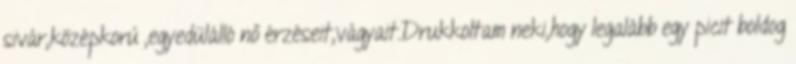
sivár,középkorú ,egyedülálló nő érzéseit,vágyait.Drukkoltam neki,hogy legalább egy picit boldog